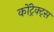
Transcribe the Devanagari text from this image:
कोंट्रेक्ट्स